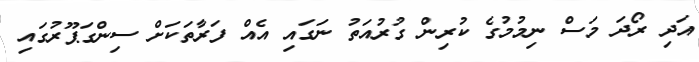
އަދި ރޯދަ މަސް ނިމުމުގެ ކުރިން ގުރުއަތު ނަގައި އެއް ފަރާތަކަށް ސިންގަޕޫރުގައި